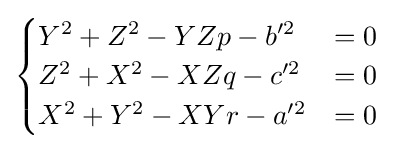
{\begin{cases}Y^{2}+Z^{2}-YZp-b'^{2}&=0\\Z^{2}+X^{2}-XZq-c'^{2}&=0\\X^{2}+Y^{2}-XYr-a'^{2}&=0\\\end{cases}}